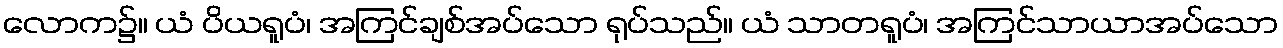
လောက၌။ ယံ ပိယရူပံ၊ အကြင်ချစ်အပ်သော ရုပ်သည်။ ယံ သာတရူပံ၊ အကြင်သာယာအပ်သော